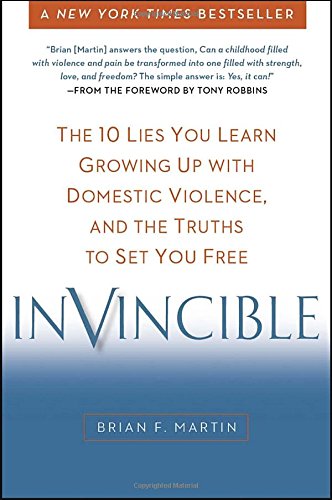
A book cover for Invincible: The 10 Lies You Learn Growing Up with Domestic Violence, and the Truths to Set You Free; Brian F. Martin; Parenting & Relationships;